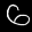
Label: 6